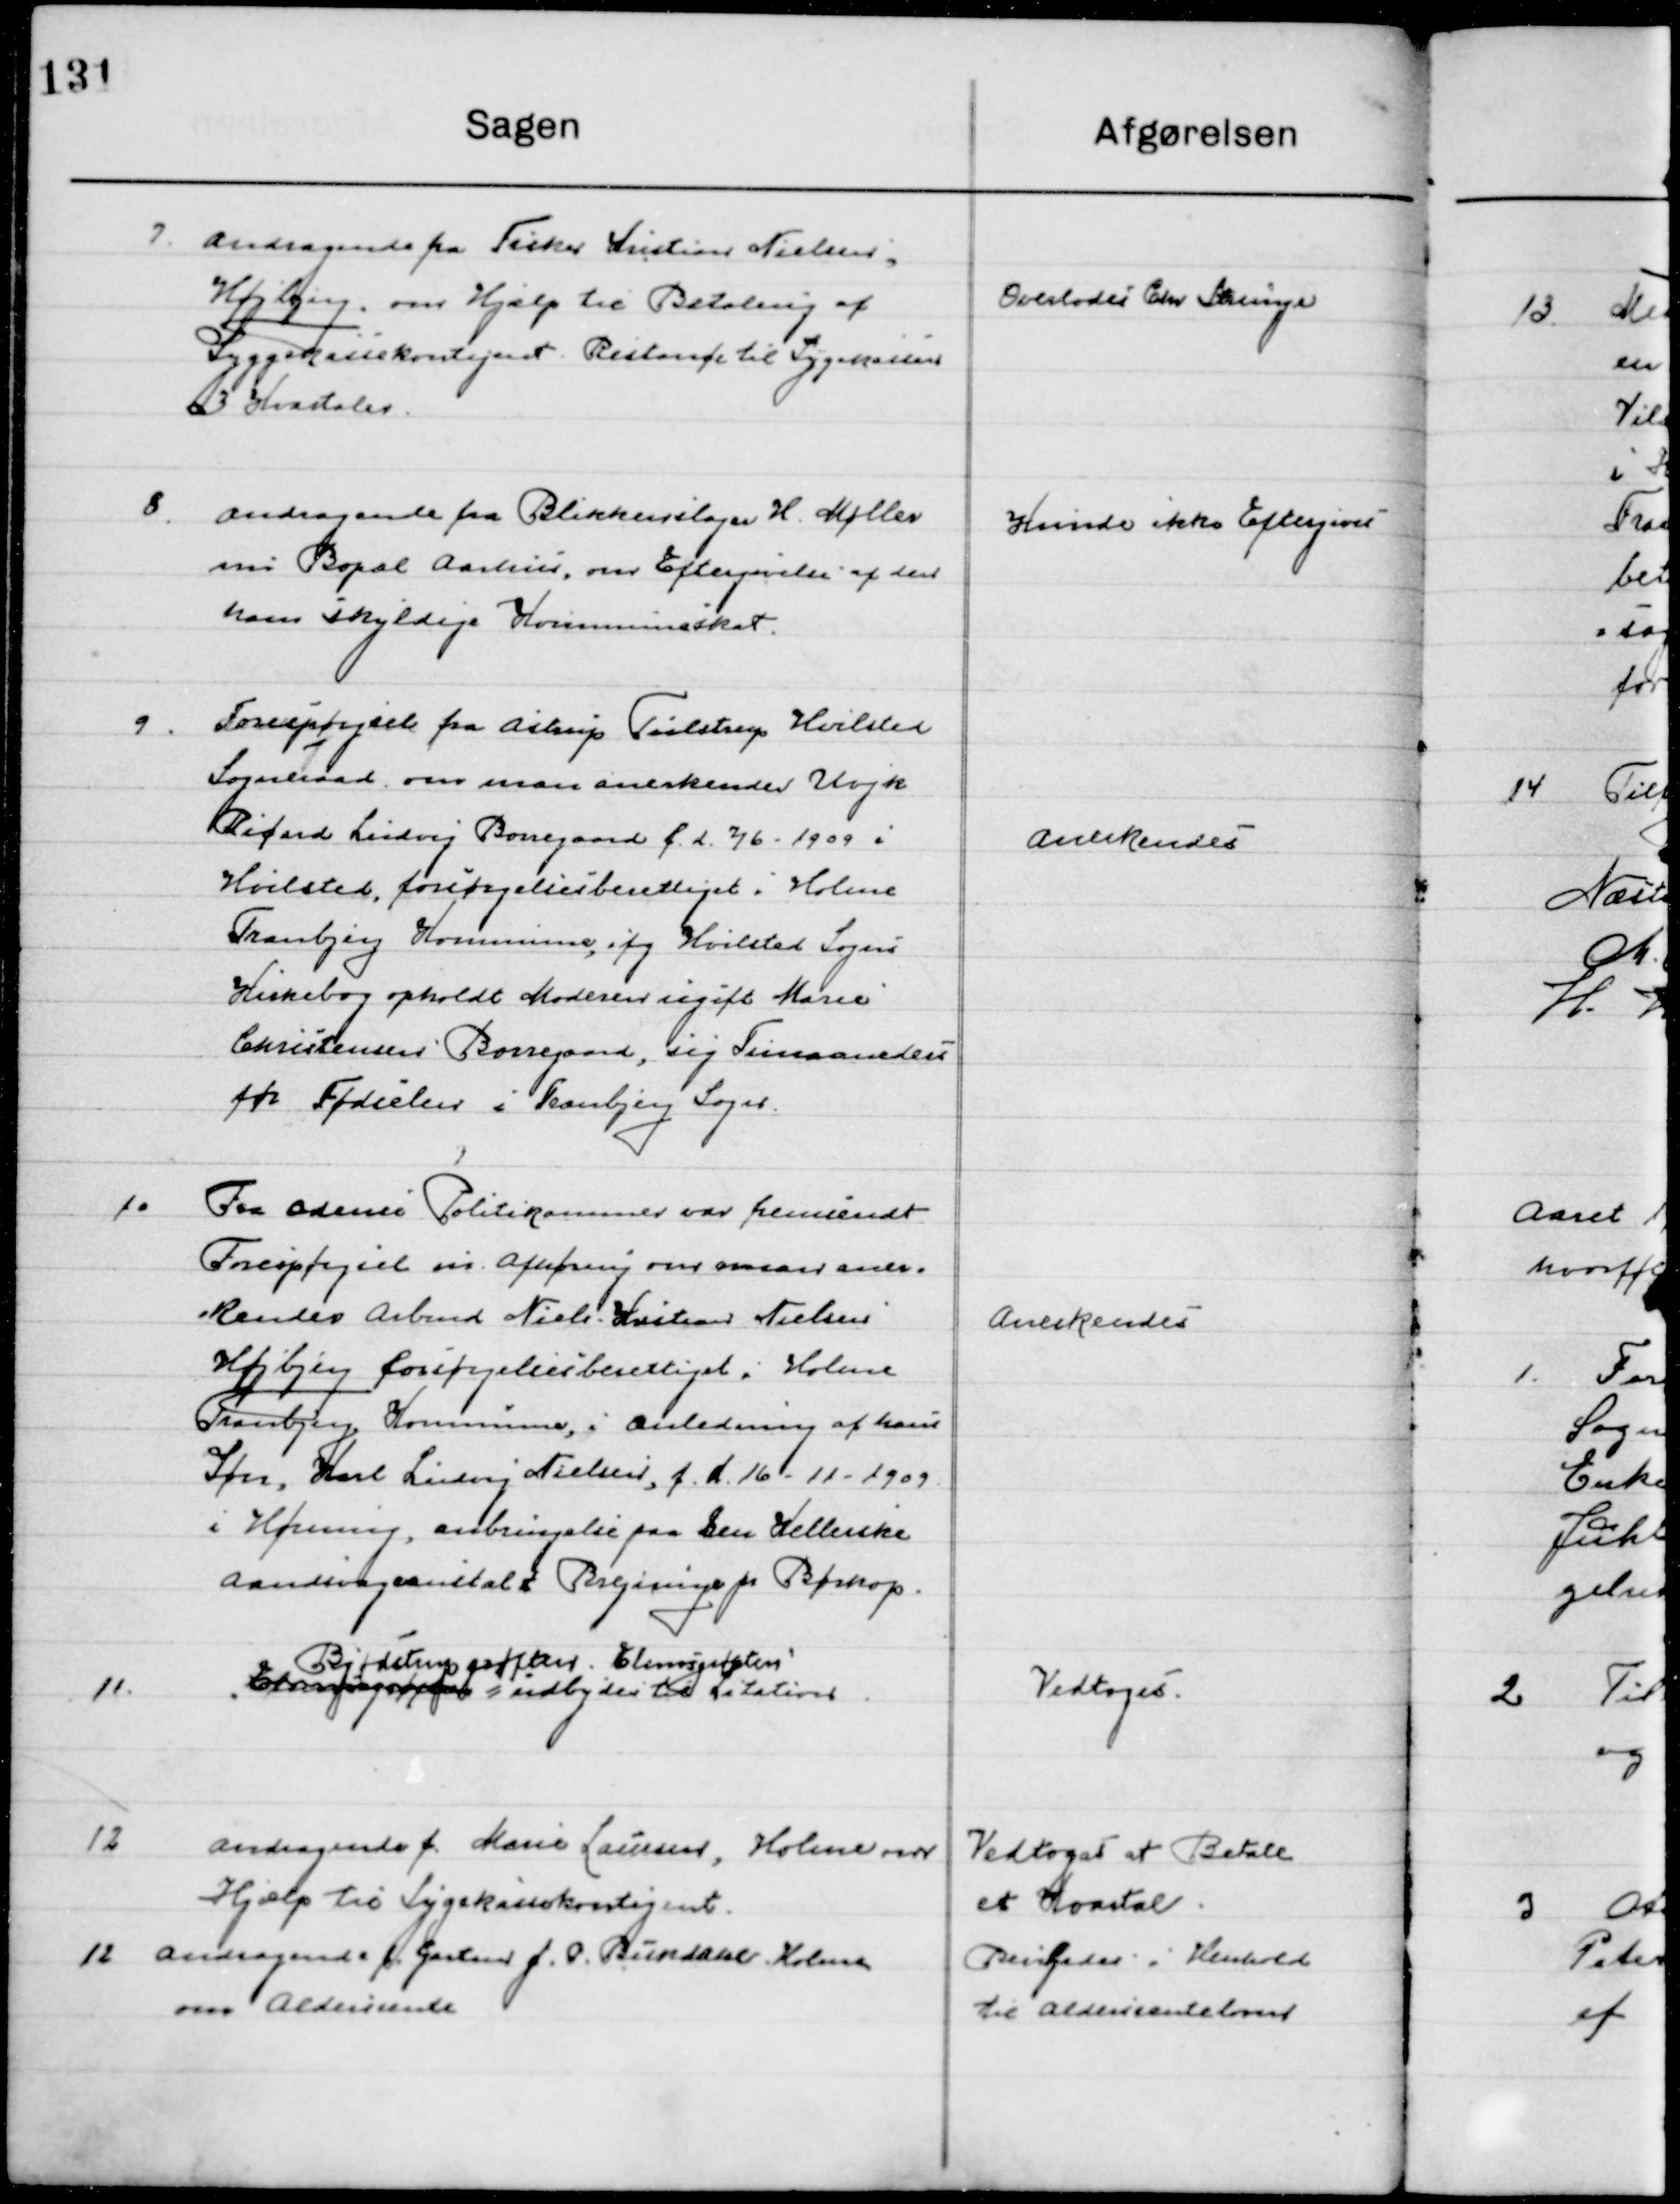
Transskription:
7

Andragende fra Fisker Kristian Nielsen, 
Højbjerg, om Hjælp til Betaling af
Sygekassekontingent Restance til Sygekassens
3 Kvartaler.

Overlodes Chr. Strunge

8

Andragende fra Blikkenslager H. Møller
nu Bopæl Aarhus, om Eftergivelse af den
ham skyldige Kommuneskat.

Kunde ikke Eftergives

9

Forespørgsel fra Aistrup Tulstrup Hvilsted
Sogneraad om man anerkender Ungk
Richard Lindvej Borregaard f. d. 2/6 – 1909 i
Hvilsted, forsørgelsesberettiget i Holme
Tranbjerg Kommune, ifg. Hvilsted Sogns
Kirkebog opholdt Moderen ugift Marie
Christensen Borregaard, sig Timaaneders
før Fødslen i Tranbjerg Sogn.

Anerkendes

10

Fra Odder Politikammer var fremsendt
Forespørgsel om Afhøring om man aner-
kender Arbmd. Niels Kristian Nielsen 
Højbjerg forsørgelsesberettiget i Holme
Tranbjerg Kommune, i anledning af hans 
Søns, Karl Lindvej Nielsen, f. d. 16-11-1909
I Hørning, anbringelse paa Den Kellerske 	
Aandsvageanstalt Bregninge pr. Børkop.

Anerkendes

11

Elemosegrøften	
Bjødstrup grøfter Elemosegrøften
= indbydes til Licitation.

Vedtoges

12

Andragende f. Marie Laursen, Holme om
Hjælp til Sygekassekontingent.

Vedtoges at Betale
et Kvartal

12

Andragende f. Gartner J. P. Baundahl, Holme
om Aldersrente

Bevilgedes i Henhold
til Aldersrente loven